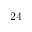
2 4